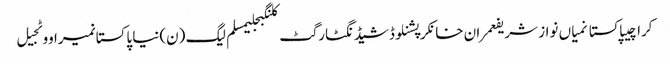
کراچیپاکستانمیاں نواز شریفعمران خانکرپشنلوڈشیڈنگٹارگٹ کلنگبجلیمسلم لیگ (ن)نیا پاکستانمیراووٹجیل